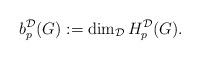
LaTeX: \begin{align*} b_p^{\mathcal{D}}(G) := \dim_\mathcal{D} H_p^{\mathcal{D}} (G).\end{align*}